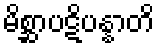
မိစ္ဆာပဋိပန္နာတိ